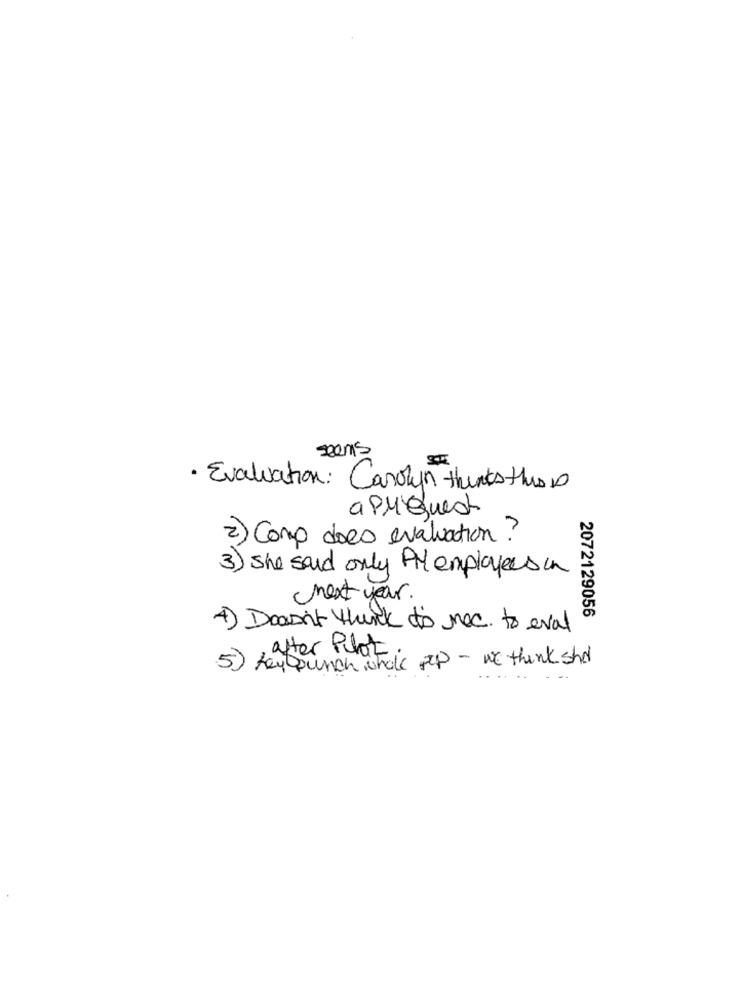
seems
· Evaluation: Carolyn thinks thisis
apriQuest
2) Como does evaluation ?
3) She said only PM employees in
next year.
2072129056
4) Don't think to moc. to eval
after Pilot,
5) key punch whole sep - we think she